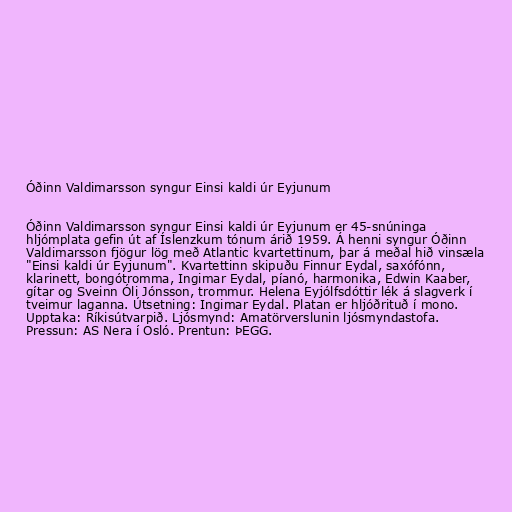
Óðinn Valdimarsson syngur Einsi kaldi úr Eyjunum

Óðinn Valdimarsson syngur Einsi kaldi úr Eyjunum er 45-snúninga
hljómplata gefin út af Íslenzkum tónum árið 1959. Á henni syngur Óðinn
Valdimarsson fjögur lög með Atlantic kvartettinum, þar á meðal hið vinsæla
"Einsi kaldi úr Eyjunum". Kvartettinn skipuðu Finnur Eydal, saxófónn,
klarinett, bongótromma, Ingimar Eydal, píanó, harmonika, Edwin Kaaber,
gítar og Sveinn Óli Jónsson, trommur. Helena Eyjólfsdóttir lék á slagverk í
tveimur laganna. Útsetning: Ingimar Eydal. Platan er hljóðrituð í mono.
Upptaka: Ríkisútvarpið. Ljósmynd: Amatörverslunin ljósmyndastofa.
Pressun: AS Nera í Osló. Prentun: ÞEGG.